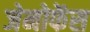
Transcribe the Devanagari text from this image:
जेनोफेंस